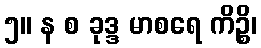
၅။ န စ ခုဒ္ဒ မာစရေ ကိဉ္စိ၊